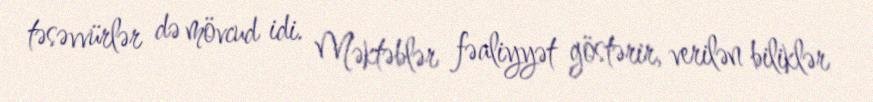
təsəvvürlər də mövcud idi. Məktəblər fəaliyyət göstərir, verilən biliklər